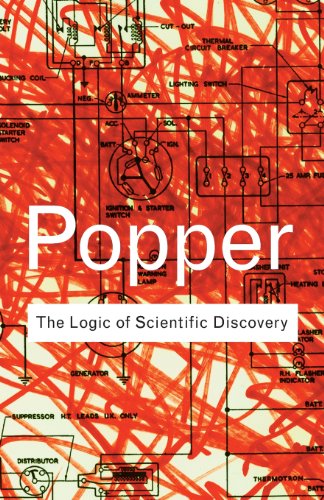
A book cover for The Logic of Scientific Discovery (Routledge Classics); Karl Popper; Science & Math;